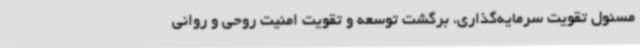
مسئول تقویت سرمایه‌گذاری، برگشت توسعه و تقویت امنیت روحی و روانی